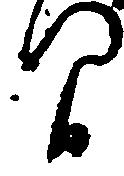
間